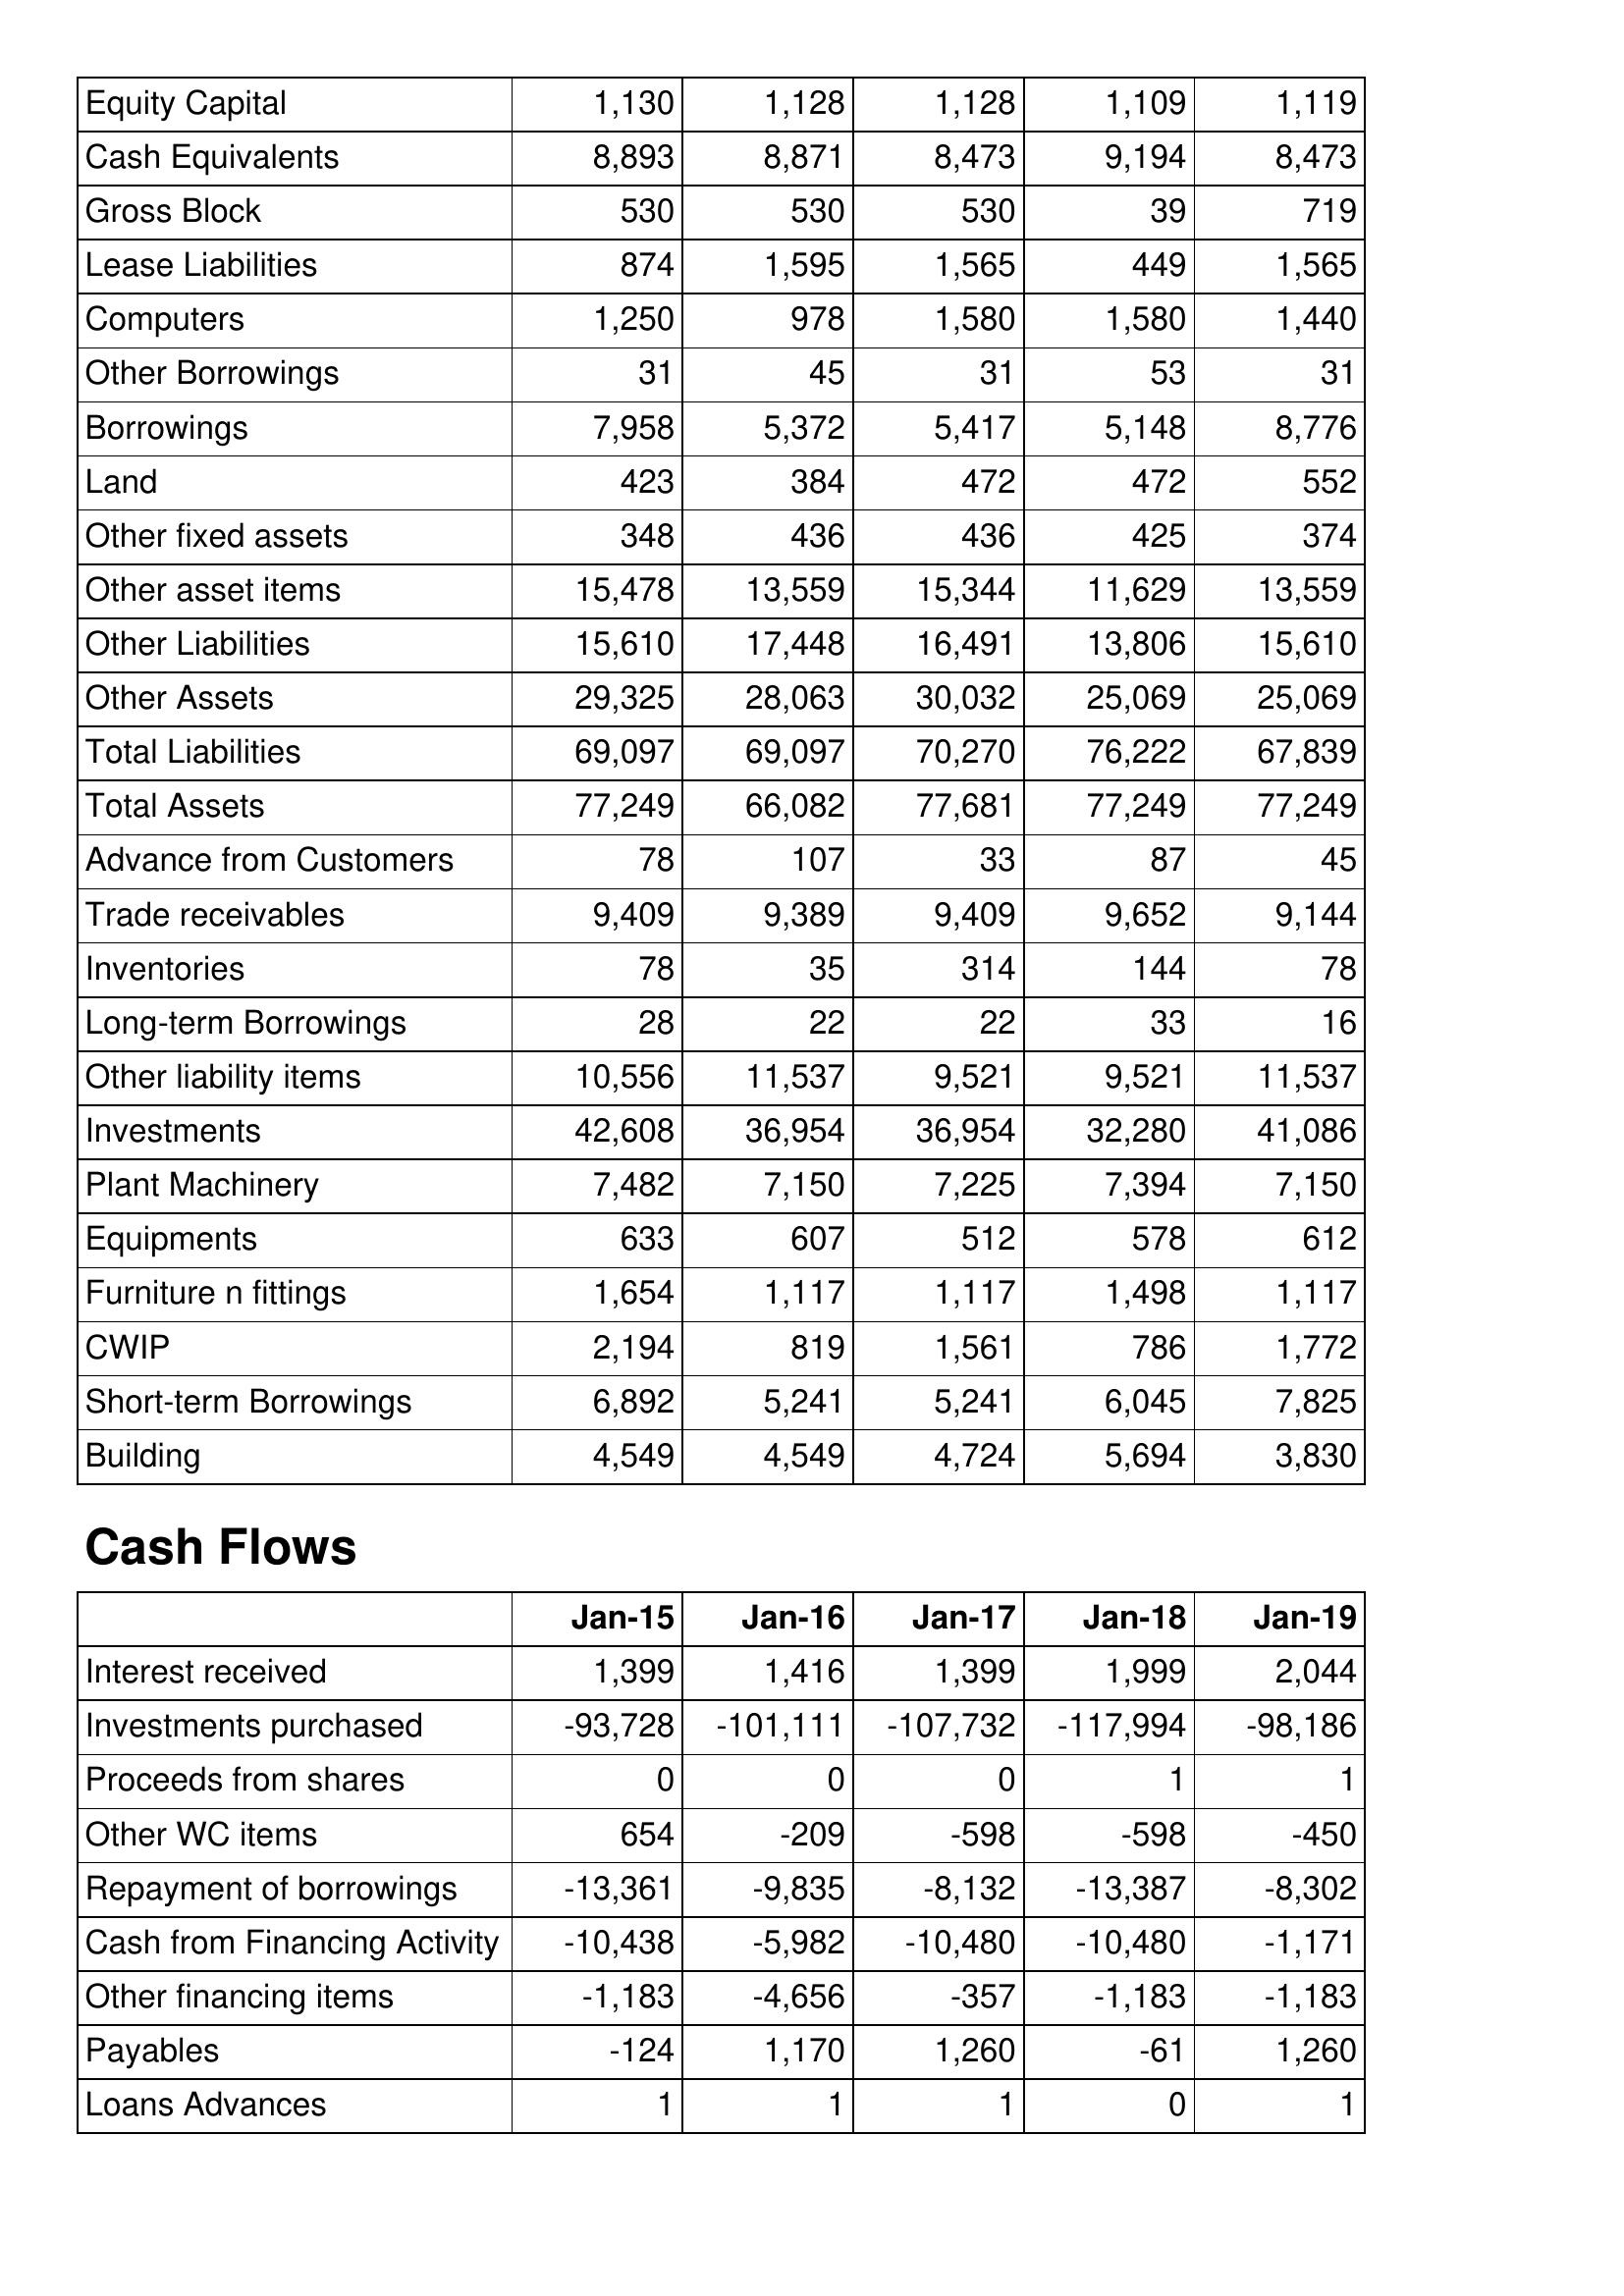
Jan-15: Balance Sheet: Equity Capital: 1,130
Cash Equivalents: 8,893
Gross Block: 530
Lease Liabilities: 874
Computers: 1,250
Other Borrowings: 31
Borrowings: 7,958
Land: 423
Other fixed assets: 348
Other asset items: 15,478
Other Liabilities: 15,610
Other Assets: 29,325
Total Liabilities: 69,097
Total Assets: 77,249
Advance from Customers: 78
Trade receivables: 9,409
Inventories: 78
Long-term Borrowings: 28
Other liability items: 10,556
Investments: 42,608
Plant Machinery: 7,482
Equipments: 633
Furniture n fittings: 1,654
CWIP: 2,194
Short-term Borrowings: 6,892
Building: 4,549
Cash Flows: Interest received: 1,399
Investments purchased: -93,728
Proceeds from shares: 0
Other WC items: 654
Repayment of borrowings: -13,361
Cash from Financing Activity: -10,438
Other financing items: -1,183
Payables: -124
Loans Advances: 1
Jan-16: Balance Sheet: Equity Capital: 1,128
Cash Equivalents: 8,871
Gross Block: 530
Lease Liabilities: 1,595
Computers: 978
Other Borrowings: 45
Borrowings: 5,372
Land: 384
Other fixed assets: 436
Other asset items: 13,559
Other Liabilities: 17,448
Other Assets: 28,063
Total Liabilities: 69,097
Total Assets: 66,082
Advance from Customers: 107
Trade receivables: 9,389
Inventories: 35
Long-term Borrowings: 22
Other liability items: 11,537
Investments: 36,954
Plant Machinery: 7,150
Equipments: 607
Furniture n fittings: 1,117
CWIP: 819
Short-term Borrowings: 5,241
Building: 4,549
Cash Flows: Interest received: 1,416
Investments purchased: -101,111
Proceeds from shares: 0
Other WC items: -209
Repayment of borrowings: -9,835
Cash from Financing Activity: -5,982
Other financing items: -4,656
Payables: 1,170
Loans Advances: 1
Jan-17: Balance Sheet: Equity Capital: 1,128
Cash Equivalents: 8,473
Gross Block: 530
Lease Liabilities: 1,565
Computers: 1,580
Other Borrowings: 31
Borrowings: 5,417
Land: 472
Other fixed assets: 436
Other asset items: 15,344
Other Liabilities: 16,491
Other Assets: 30,032
Total Liabilities: 70,270
Total Assets: 77,681
Advance from Customers: 33
Trade receivables: 9,409
Inventories: 314
Long-term Borrowings: 22
Other liability items: 9,521
Investments: 36,954
Plant Machinery: 7,225
Equipments: 512
Furniture n fittings: 1,117
CWIP: 1,561
Short-term Borrowings: 5,241
Building: 4,724
Cash Flows: Interest received: 1,399
Investments purchased: -107,732
Proceeds from shares: 0
Other WC items: -598
Repayment of borrowings: -8,132
Cash from Financing Activity: -10,480
Other financing items: -357
Payables: 1,260
Loans Advances: 1
Jan-18: Balance Sheet: Equity Capital: 1,109
Cash Equivalents: 9,194
Gross Block: 39
Lease Liabilities: 449
Computers: 1,580
Other Borrowings: 53
Borrowings: 5,148
Land: 472
Other fixed assets: 425
Other asset items: 11,629
Other Liabilities: 13,806
Other Assets: 25,069
Total Liabilities: 76,222
Total Assets: 77,249
Advance from Customers: 87
Trade receivables: 9,652
Inventories: 144
Long-term Borrowings: 33
Other liability items: 9,521
Investments: 32,280
Plant Machinery: 7,394
Equipments: 578
Furniture n fittings: 1,498
CWIP: 786
Short-term Borrowings: 6,045
Building: 5,694
Cash Flows: Interest received: 1,999
Investments purchased: -117,994
Proceeds from shares: 1
Other WC items: -598
Repayment of borrowings: -13,387
Cash from Financing Activity: -10,480
Other financing items: -1,183
Payables: -61
Loans Advances: 0
Jan-19: Balance Sheet: Equity Capital: 1,119
Cash Equivalents: 8,473
Gross Block: 719
Lease Liabilities: 1,565
Computers: 1,440
Other Borrowings: 31
Borrowings: 8,776
Land: 552
Other fixed assets: 374
Other asset items: 13,559
Other Liabilities: 15,610
Other Assets: 25,069
Total Liabilities: 67,839
Total Assets: 77,249
Advance from Customers: 45
Trade receivables: 9,144
Inventories: 78
Long-term Borrowings: 16
Other liability items: 11,537
Investments: 41,086
Plant Machinery: 7,150
Equipments: 612
Furniture n fittings: 1,117
CWIP: 1,772
Short-term Borrowings: 7,825
Building: 3,830
Cash Flows: Interest received: 2,044
Investments purchased: -98,186
Proceeds from shares: 1
Other WC items: -450
Repayment of borrowings: -8,302
Cash from Financing Activity: -1,171
Other financing items: -1,183
Payables: 1,260
Loans Advances: 1